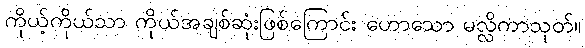
ကိုယ့်ကိုယ်သာ ကိုယ်အချစ်ဆုံးဖြစ်ကြောင်း ဟောသော မလ္လိကာသုတ်။